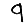
Digit: 9